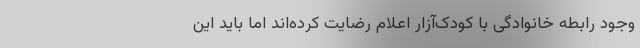
وجود رابطه خانوادگی با کودک‌آزار اعلام رضایت کرده‌اند اما باید این